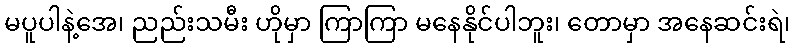
မပူပါနဲ့အေ၊ ညည်းသမီး ဟိုမှာ ကြာကြာ မနေနိုင်ပါဘူး၊ တောမှာ အနေဆင်းရဲ၊